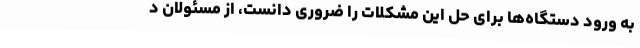
به ورود دستگاه‌ها برای حل این مشکلات را ضروری دانست، از مسئولان د